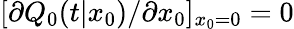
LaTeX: [\partial Q_{0}(t|x_{0})/\partial x_{0}]_{x_{0}=0}=0